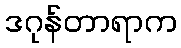
ဒဂုန်တာရာက